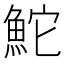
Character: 鮀